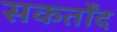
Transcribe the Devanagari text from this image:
सकर्तोंद